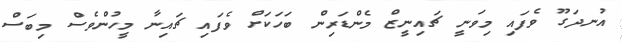
އުނދަގޫ ވެފައި މިވަނީ ޗައިނީޒް މެންޑަރިން ބަހަކަށް ވެފައި ޗައިނާ މީހުންވެސް މިބަސް